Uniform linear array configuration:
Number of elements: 48
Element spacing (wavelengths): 1
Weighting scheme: uniform
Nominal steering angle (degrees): -60
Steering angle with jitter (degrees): -61.961
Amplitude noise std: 0.05
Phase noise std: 0.05

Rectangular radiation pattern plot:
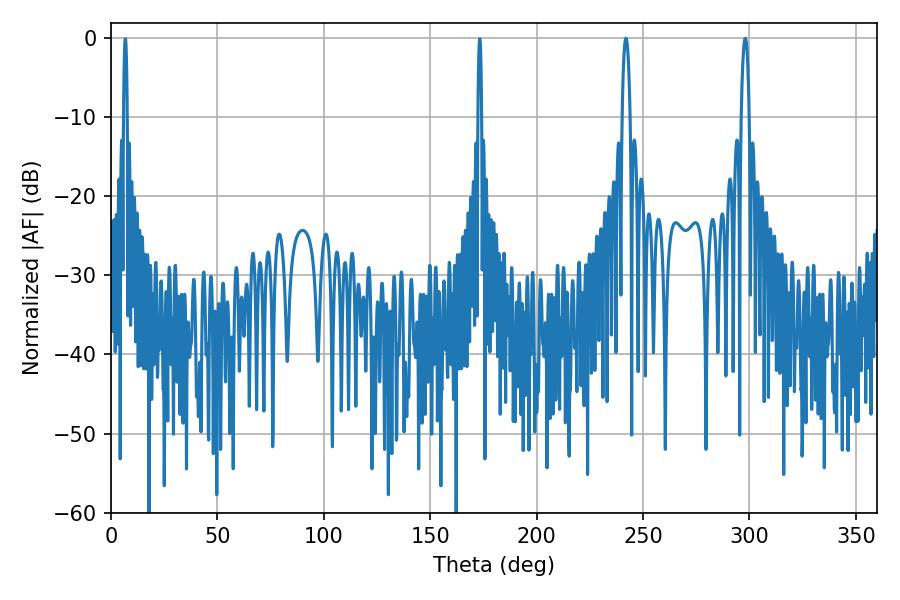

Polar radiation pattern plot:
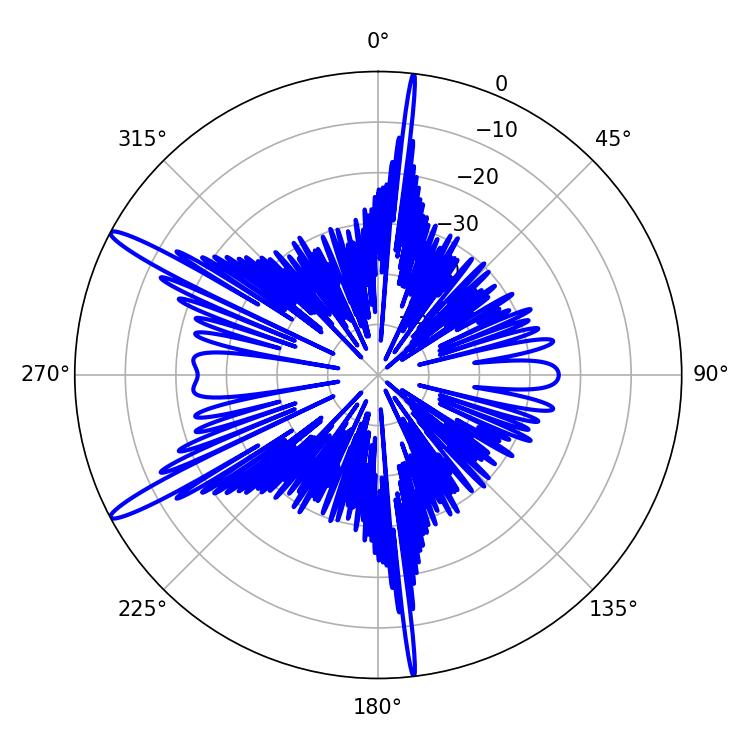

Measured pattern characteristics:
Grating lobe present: TRUE
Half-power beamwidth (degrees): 1.98
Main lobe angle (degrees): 241.92